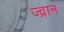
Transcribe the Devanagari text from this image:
ज्व्रान